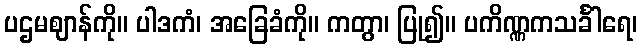
ပဌမဈာန်ကို။ ပါဒကံ၊ အခြေခံကို။ ကတွာ၊ ပြု၍။ ပကိဏ္ဏကသင်္ခါရေ၊